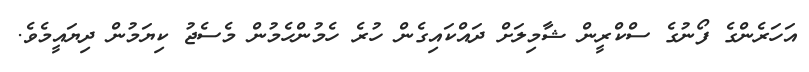
އަހަރެންގެ ފޯނުގެ ސްކްރީން ޝާމިލަށް ދައްކައިގެން ހުރެ ހެމުންހެމުން މެސެޖު ކިޔަމުން ދިޔައީމެވެ.